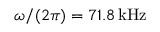
\omega / ( 2 \pi ) = 7 1 . 8 \, \mathrm { { k H z } }